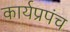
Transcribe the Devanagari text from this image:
कार्यप्रपंच